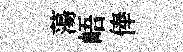
蕩峿俸